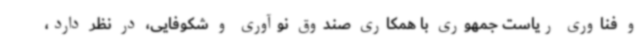
و فناوری ریاست جمهوری با همکاری صندوق نوآوری و شکوفایی، در نظر دارد،